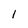
Character: 1